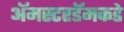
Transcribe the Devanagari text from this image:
ॲमस्टरडॅमकडे